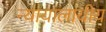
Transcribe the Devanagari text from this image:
न्यायालायीय